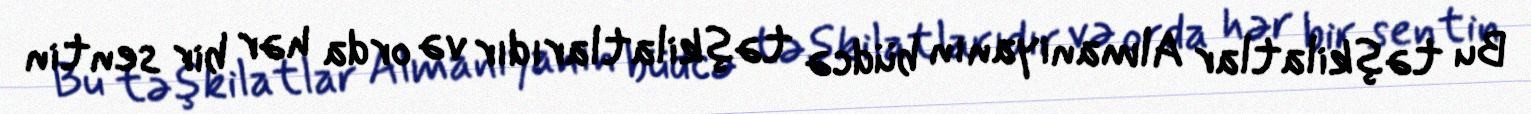
Bu təşkilatlar Almaniyanın büdcə təşkilatlarıdır və orda hər bir sentin